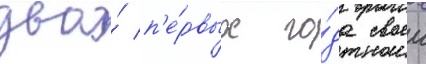
два́ п'е́рвых го́да своеи